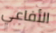
الأفاعي